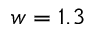
w = 1 . 3